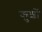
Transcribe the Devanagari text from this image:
कुशों